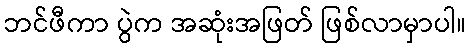
ဘင်ဖီကာ ပွဲက အဆုံးအဖြတ် ဖြစ်လာမှာပါ။